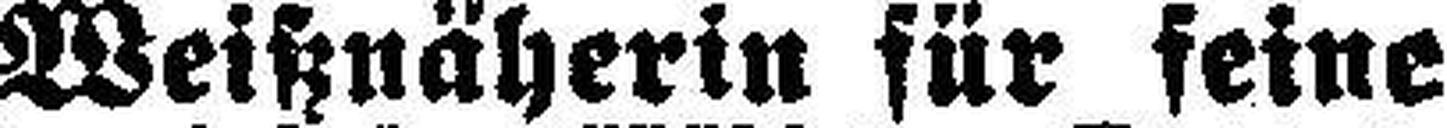
Weißnäherin für feine